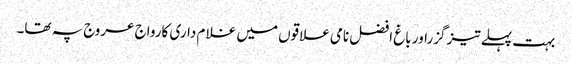
بہت پہلے تیز گزراور باغ افضل نامی علاقوں میں غلا م داری کارواج عروج پہ تھا۔